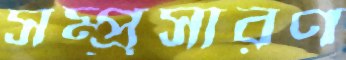
সম্প্র্রসারণ